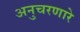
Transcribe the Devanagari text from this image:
अनुचरणारे